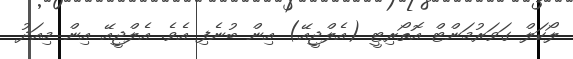
ލޯކަލް ގަވަރުމަންޓް އޮތޯރިޓީ (އެލްޖީއޭ) އިން ބުނެފި އެވެ. އެލްޖީއޭ އިން މިއަދު